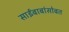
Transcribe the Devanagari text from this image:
साईंबाबांसोबत